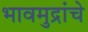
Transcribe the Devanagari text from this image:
भावमुद्रांचे